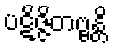
ပဋိဇ္ဇိတဗ္ဗန္တိ